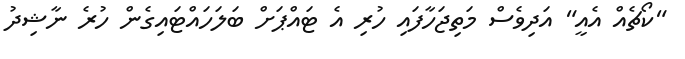
"ކޯޗެއް އެއީ" އަދިވެސް މަތިޖަހާފައި ހުރި އެ ޓައްޕަށް ބަލަހައްޓައިގެން ހުރެ ނާޝިދު